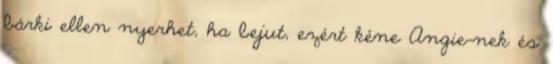
bárki ellen nyerhet, ha bejut, ezért kéne Angie-nek és